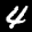
Label: 4